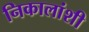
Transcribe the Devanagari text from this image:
निकालांशी